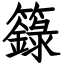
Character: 籙